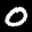
Label: 0